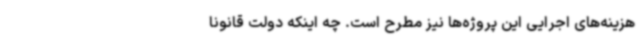
هزینه‌های اجرایی این پروژه‌ها نیز مطرح است. چه اینکه دولت قانوناً